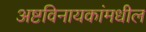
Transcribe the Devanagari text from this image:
अष्टविनायकांमधील